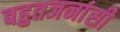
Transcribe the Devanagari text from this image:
बहुतजनांसी